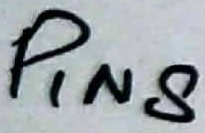
Text: PIN8